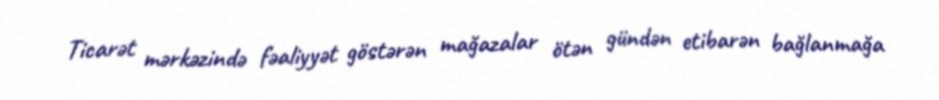
Ticarət mərkəzində fəaliyyət göstərən mağazalar ötən gündən etibarən bağlanmağa